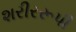
શરીરરૂપી